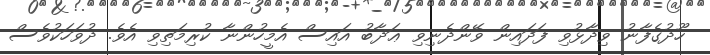
ހޫދުގެފާނު ވިދާޅުވި ފަދައިން ވޭންދެނިވި ޢަޛާބު އައިސް އެމީހުންނާ ކުރިމަތިވި އެވެ. ދުވަހަކުވެސް